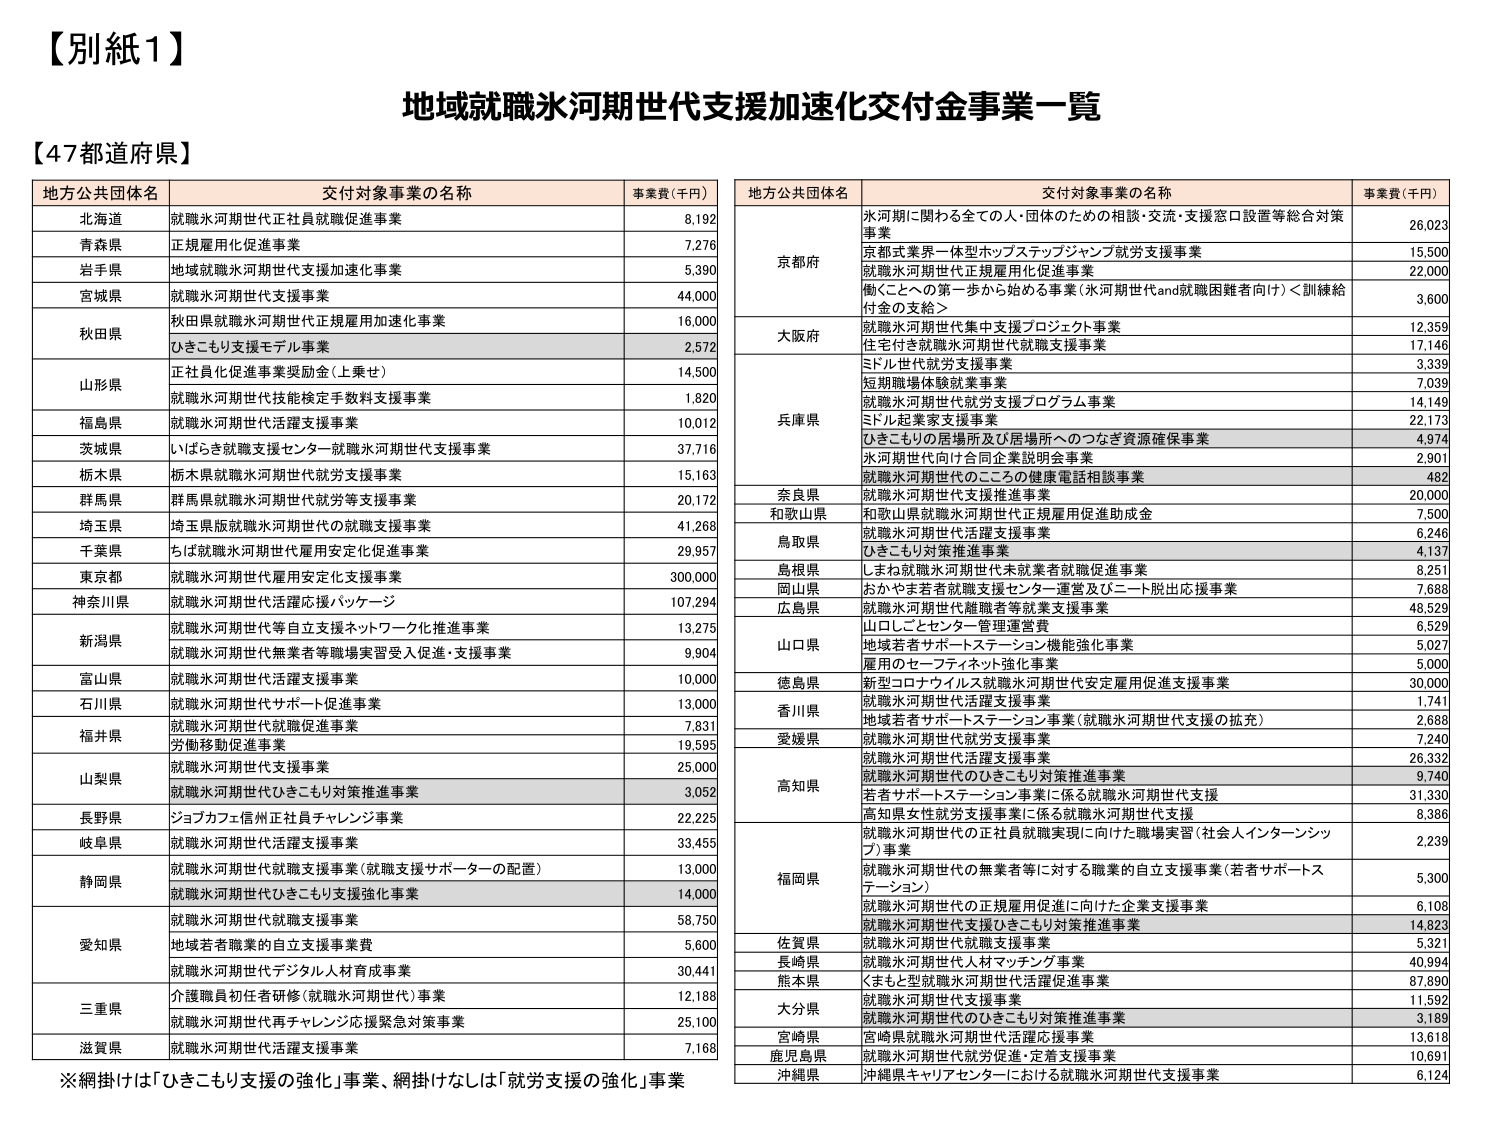
【別紙1】
地域就職氷河期世代支援加速化交付金事業一覧

【47都道府県】

地方公共団体名　　交付対象事業の名称　　事業費（千円）
北海道　　就職氷河期世代正社員就職促進事業　　8,192
青森県　　正規雇用化促進事業　　7,276
岩手県　　地域就職氷河期世代支援加速化事業　　5,390
宮城県　　就職氷河期世代支援事業　　44,000
秋田県　　秋田県就職氷河期世代正規雇用加速化事業　　16,000
　　　　ひきこもり支援モデル事業　　2,572
山形県　　正社員化促進事業奨励金（上乗せ）　　14,500
　　　　就職氷河期世代技能検定手数料支援事業　　1,820
福島県　　就職氷河期世代活躍支援事業　　10,012
茨城県　　いばらき就職支援センター就職氷河期世代支援事業　　37,716
栃木県　　栃木県就職氷河期世代就労支援事業　　15,163
群馬県　　群馬県就職氷河期世代就労等支援事業　　20,172
埼玉県　　埼玉県版就職氷河期世代の就職支援事業　　41,268
千葉県　　ちば就職氷河期世代雇用安定化促進事業　　29,957
東京都　　就職氷河期世代雇用安定化支援事業　　300,000
神奈川県　　就職氷河期世代活躍応援パッケージ　　107,294
新潟県　　就職氷河期世代等自立支援ネットワーク化推進事業　　13,275
　　　　就職氷河期世代無業者等職場実習受入促進・支援事業　　9,904
富山県　　就職氷河期世代活躍支援事業　　10,000
石川県　　就職氷河期世代サポート促進事業　　13,000
福井県　　就職氷河期世代就職促進事業　　7,831
　　　　労働移動促進事業　　19,595
　　　　就職氷河期世代支援事業　　25,000
山梨県　　就職氷河期世代ひきこもり対策推進事業　　3,052
長野県　　ジョブカフェ信州正社員チャレンジ事業　　22,225
岐阜県　　就職氷河期世代活躍支援事業　　33,455
静岡県　　就職氷河期世代就職支援事業（就職支援サポーターの配置）　　13,000
　　　　就職氷河期世代ひきこもり支援強化事業　　14,000
愛知県　　就職氷河期世代就職支援事業　　58,750
　　　　地域若者職業の自立支援事業費　　5,600
　　　　就職氷河期世代デジタル人材育成事業　　30,441
三重県　　介護職員初任者研修（就職氷河期世代）事業　　12,188
　　　　就職氷河期世代再チャレンジ応援緊急対策事業　　25,100
滋賀県　　就職氷河期世代活躍支援事業　　7,168

地方公共団体名　　交付対象事業の名称　　事業費（千円）
京都府　　氷河期に関わる全ての人・団体のための相談・交流・支援窓口設置等総合対策事業　　26,023
　　　　京都式業界一体型ホップステップジャンプ就労支援事業　　15,500
　　　　就職氷河期世代正規雇用化促進事業　　22,000
　　　　働くことへの第一歩から始める事業（氷河期世代and就職困難者向け）＜訓練給付金の支給＞　　3,600
大阪府　　就職氷河期世代集中支援プロジェクト事業　　12,359
　　　　住宅付き就職氷河期世代就職支援事業　　17,146
　　　　ミドル世代就労支援事業　　3,339
　　　　短期職場体験就業事業　　7,039
　　　　就職氷河期世代就労支援プログラム事業　　14,149
兵庫県　　ミドル起業家支援事業　　22,173
　　　　ひきこもりの居場所及び居場所へのつなぎ資源確保事業　　4,974
　　　　氷河期世代向け合同企業説明会事業　　2,901
　　　　就職氷河期世代のこころの健康電話相談事業　　482
奈良県　　就職氷河期世代支援推進事業　　20,000
和歌山県　　和歌山県就職氷河期世代正規雇用促進助成金　　7,500
　　　　就職氷河期世代活躍支援事業　　6,246
　　　　ひきこもり対策推進事業　　4,137
島根県　　しまね就職氷河期世代未就業者就職促進事業　　8,251
岡山県　　おかやま若者就職支援センター運営及びニート脱出応援事業　　7,688
広島県　　就職氷河期世代離職者等就業支援事業　　48,529
　　　　山口しごとセンター管理運営費　　6,529
山口県　　地域若者サポートステーション機能強化事業　　5,027
　　　　雇用のセーフティネット強化事業　　5,000
徳島県　　新型コロナウイルス就職氷河期世代安定雇用促進支援事業　　30,000
香川県　　就職氷河期世代活躍支援事業　　1,741
　　　　地域若者サポートステーション事業（就職氷河期世代支援の拡充）　　2,688
愛媛県　　就職氷河期世代就労支援事業　　7,240
　　　　就職氷河期世代活躍支援事業　　26,332
高知県　　就職氷河期世代のひきこもり対策推進事業　　9,740
　　　　若者サポートステーション事業に係る就職氷河期世代支援　　31,330
　　　　高知県女性就労支援事業に係る就職氷河期世代支援　　8,386
　　　　就職氷河期世代の正社員就職実現に向けた職場実習（社会人インターンシップ）事業　　2,239
福岡県　　就職氷河期世代の無業者等に対する職業の自立支援事業（若者サポートステーション）　　5,300
　　　　就職氷河期世代の正規雇用促進に向けた企業支援事業　　6,108
　　　　就職氷河期世代支援ひきこもり対策推進事業　　14,823
佐賀県　　就職氷河期世代就職支援事業　　5,321
長崎県　　就職氷河期世代人材マッチング事業　　40,994
熊本県　　くまもと型就職氷河期世代活躍促進事業　　87,890
大分県　　就職氷河期世代支援事業　　11,592
　　　　就職氷河期世代のひきこもり対策推進事業　　3,189
宮崎県　　宮崎県就職氷河期世代活躍応援事業　　13,618
鹿児島県　　就職氷河期世代就労促進・定着支援事業　　10,691
沖縄県　　沖縄県キャリアセンターにおける就職氷河期世代支援事業　　6,124

※網掛けは「ひきこもり支援の強化」事業、網掛けなしは「就労支援の強化」事業